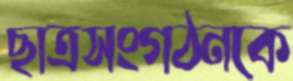
ছাত্রসংগঠনকে